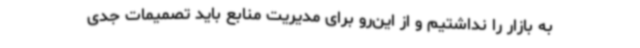
به بازار را نداشتیم و از این‌رو برای مدیریت منابع باید تصمیمات جدی